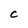
Character: C